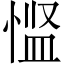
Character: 𪬌